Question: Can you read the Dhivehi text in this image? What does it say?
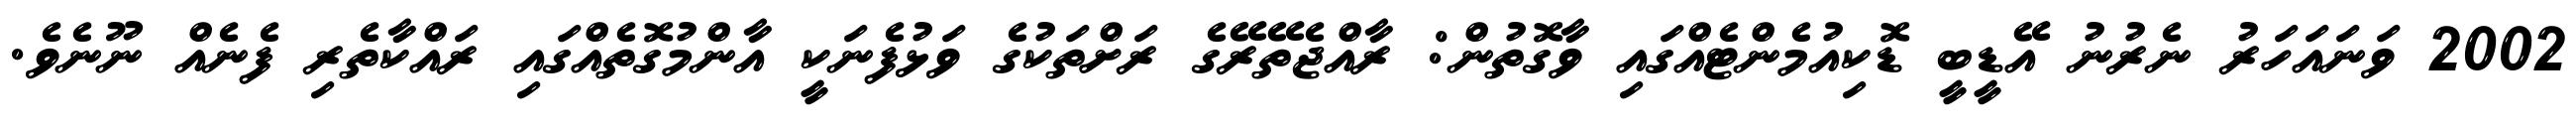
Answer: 2002 ވަނައަހަރު ނެރުނު އޭޑީބީ ޑޮކިއުމެންޓެއްގައި ވާގޮތުން: ރާއްޖެތޭރޭގެ ރަށްތަކުގެ ވަޅުފެނަކީ އާންމުގޮތެއްގައި ރައްކާތެރި ފެނެއް ނޫނެވެ.